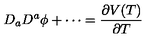
D _ { a } D ^ { a } \phi + \cdots = \frac { \partial V ( T ) } { \partial T }